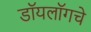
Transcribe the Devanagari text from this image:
डॉयलॉगचे